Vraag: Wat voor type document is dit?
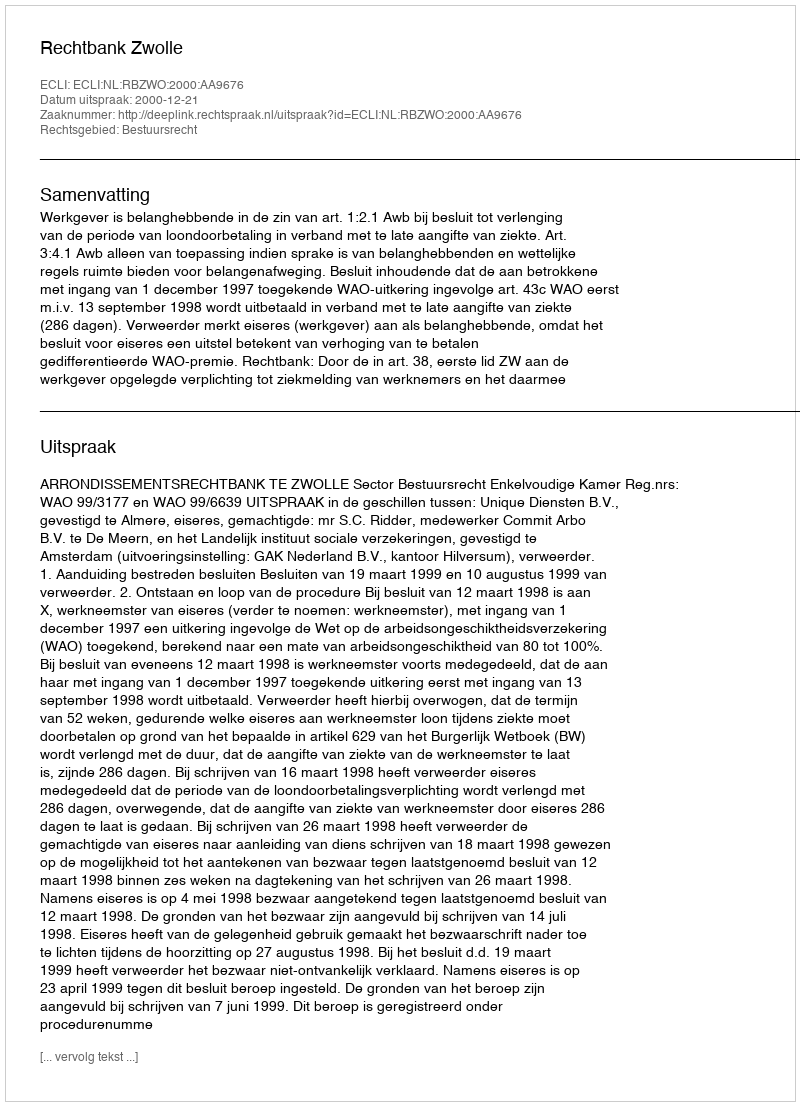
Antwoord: Uitspraak